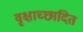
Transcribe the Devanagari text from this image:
वृक्षाच्छादित